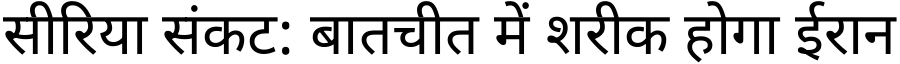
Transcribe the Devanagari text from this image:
सीरिया संकट: बातचीत में शरीक होगा ईरान